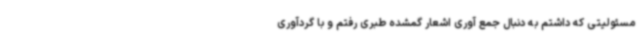
مسئولیتی که داشتم به دنبال جمع آوری اشعار گمشده طبری رفتم و با گردآوری